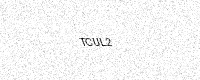
Text: TCUL2